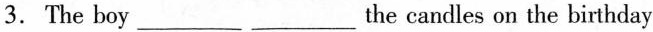
3. The boy___ ___the candles on the birthday